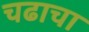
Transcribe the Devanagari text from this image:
चढाचा